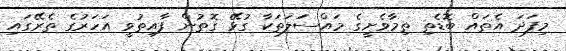
މިފަދަ އެތައް ބޮޑެތި ތިމާވެށީގެ މައްސަަލަތަކާ ގުޅޭ ގޮތުން ފާއިތުވީ އަހަރުގެ ތެރޭގައި